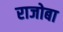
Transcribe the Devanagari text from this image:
राजोबा